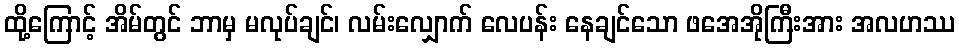
ထို့ကြောင့် အိမ်တွင် ဘာမှ မလုပ်ချင်၊ လမ်းလျှောက် လေပန်း နေချင်သော ဖအေအိုကြီးအား အလဟဿ